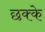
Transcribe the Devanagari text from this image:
छक्‍के